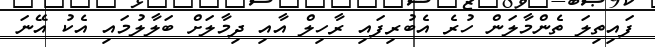
ފައިތިލަ ތެންމާލަން ހުރެ އެބުރިފައި ރާހިލް އާއި ދިމާލަށް ބަލާލުމައި އެކު އޭނަ